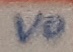
Text: VO